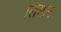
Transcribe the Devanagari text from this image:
लिसान